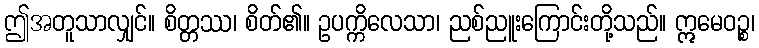
ဤအတူသာလျှင်။ စိတ္တဿ၊ စိတ်၏။ ဥပက္ကိလေသာ၊ ညစ်ညူးကြောင်းတို့သည်။ ဣမေဝဉ္စ၊